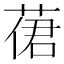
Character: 𦴨